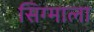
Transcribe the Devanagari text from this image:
सिग्माला